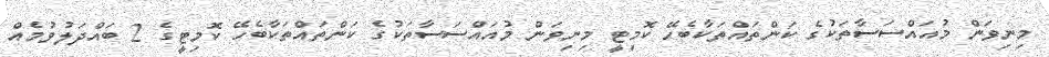
މިނިވަން މުއައްސަސާތަކުގެ ކަންތައްތަކާބެހޭ ކޮމިޓީ މިނިވަން މުއައްސަސާތަކުގެ ކަންތައްތަކާބެހޭ ކޮމިޓީގެ 2 ބައްދަލުވުމެއް